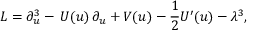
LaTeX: L = \partial _ { u } ^ { 3 } - \, U ( u ) \, \partial _ { u } + V ( u ) - \frac { 1 } { 2 } U ^ { \prime } ( u ) - \lambda ^ { 3 } ,